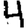
Digit: 4